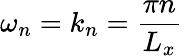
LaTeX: \omega_{n}=k_{n}=\frac{\pi n}{L_{x}}